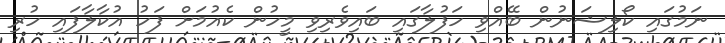
ނަމުގައި ކޯލިޝަނުން ބޭއްވި ހަފުލާގައި ބައިވެރިވި މީހުން ކެއުމަށް ފަހު އުކާލާފައި ހުރި